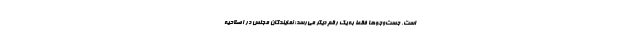
است. جست‌وجوها فقط به یک رقم دیگر می‌رسد؛ نمایندگان مجلس در اصلاحیه